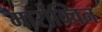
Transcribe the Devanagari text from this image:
मार्रोक्विन